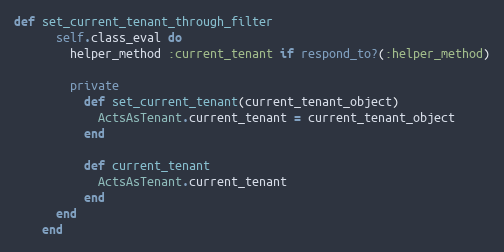
Language: Ruby
def set_current_tenant_through_filter
      self.class_eval do
        helper_method :current_tenant if respond_to?(:helper_method)

        private
          def set_current_tenant(current_tenant_object)
            ActsAsTenant.current_tenant = current_tenant_object
          end

          def current_tenant
            ActsAsTenant.current_tenant
          end
      end
    end